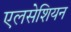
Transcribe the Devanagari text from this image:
एलसेशियन